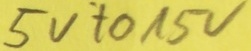
Text: 5V to 15V